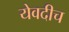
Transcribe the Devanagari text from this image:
येवदीच